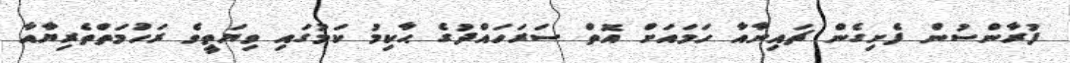
ފުރާންސުން ފެށިގެން ޗައިނާއާ ހަމައަށް އޮތް ސަރަހައްދުގެ ޙާކިމު ކަމުގައި ވިޔަތީވެ ރަހުމަތްތެރިޔާއާ